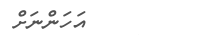
އަހަންނަށް